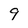
Character: 9